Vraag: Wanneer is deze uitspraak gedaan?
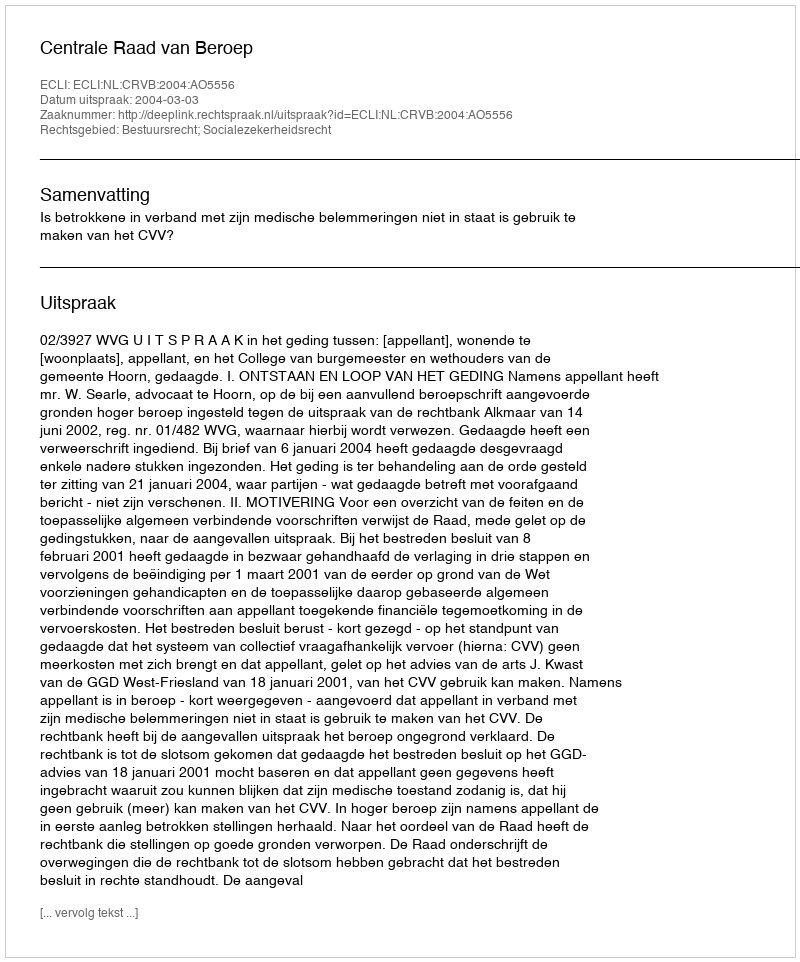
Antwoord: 2004-03-03